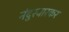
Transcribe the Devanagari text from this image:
नंदुरबारकर